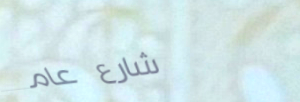
شارع عام